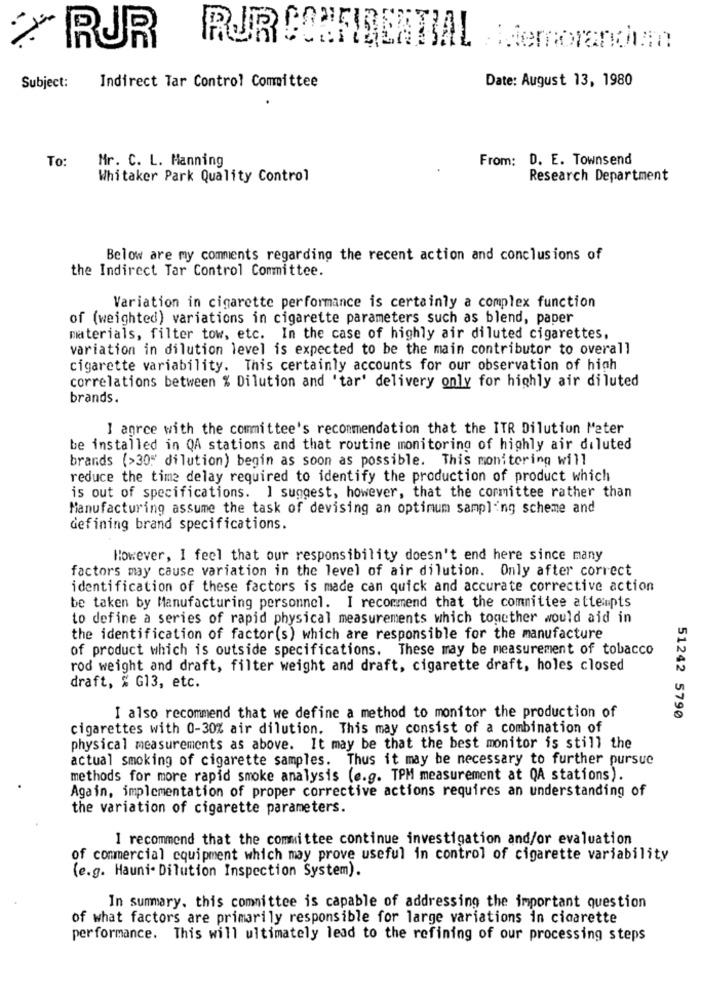
RUR
RURCONFIDENTIAL
Memorandum
Date: August 13, 1980
Subject:
Indirect Tar Control Committee
To:
Mr. C. L. Manning
From: D. E. Townsend
Whitaker Park Quality Control
Research Department
Below are my comments regarding the recent action and conclusions of
the Indirect Tar Control Committee.
Variation in cigarette performance is certainly a complex function
of (weighted) variations in cigarette parameters such as blend, paper
materials, filter tow, etc. In the case of highly air diluted cigarettes,
variation in dilution level is expected to be the main contributor to overall
cigarette variability. This certainly accounts for our observation of high
correlations between % Dilution and 'tar' delivery only for highly air diluted
brands.
I agree with the committee's recommendation that the ITR Dilution Meter
be installed in QA stations and that routine monitoring of highly air diluted
brands (>30"" dilution) begin as soon as possible. This monitoring will
reduce the time delay required to identify the production of product which
is out of specifications. I suggest, however, that the cormittee rather than
Manufacturing assume the task of devising an optimum sampling scheme and
defining brand specifications.
However, I feel that our responsibility doesn't end here since many
factors may cause variation in the level of air dilution. Only after correct
identification of these factors is made can quick and accurate corrective action
be taken by Manufacturing personnel. I recommend that the committee attempts
to define a series of rapid physical measurements which together would aid in
the identification of factor(s) which are responsible for the manufacture
of product which is outside specifications. These may be measurement of tobacco
rod weight and draft, filter weight and draft, cigarette draft, holes closed
draft, % G13, etc.
I also recommend that we define a method to monitor the production of
51242 5790
cigarettes with 0-30% air dilution. This may consist of a combination of
physical measurements as above. It may be that the best monitor is still the
actual smoking of cigarette samples. Thus it may be necessary to further pursue
methods for more rapid smoke analysis (e.g. TPM measurement at QA stations).
Again, implementation of proper corrective actions requires an understanding of
the variation of cigarette parameters.
I recommend that the committee continue investigation and/or evaluation
of commercial equipment which may prove useful in control of cigarette variability
(e.g. Hauni- Dilution Inspection System).
In summary. this committee is capable of addressing the important question
of what factors are primarily responsible for large variations in cigarette
performance. This will ultimately lead to the refining of our processing steps